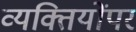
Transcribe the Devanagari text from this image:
व्यक्तियोंपर